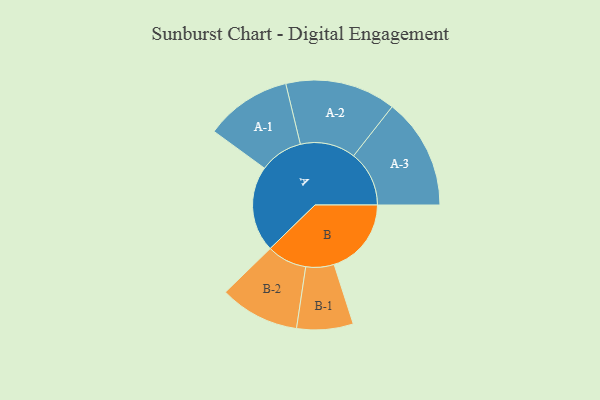
{"axis": {"x": "Segment", "y": "Value"}, "legend": ["", "A", "B"], "data": [{"x": "A", "y": 396, "type": ""}, {"x": "B", "y": 356, "type": ""}, {"x": "A-1", "y": 199, "type": "A"}, {"x": "A-2", "y": 255, "type": "A"}, {"x": "A-3", "y": 256, "type": "A"}, {"x": "B-1", "y": 130, "type": "B"}, {"x": "B-2", "y": 184, "type": "B"}]}